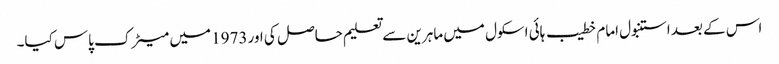
اس کے بعد استنبول امام خطیب ہائی اسکول میں ماہرین سے تعلیم حاصل کی اور 1973 میں میٹرک پاس کیا۔